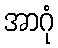
အာဂုံ